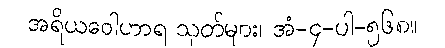
အရိယဝေါဟာရ သုတ်များ၊ အံ-၄-ပါ-၅၆၈။